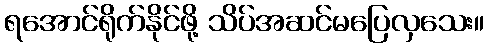
ရအောင်ရိုက်နိုင်ဖို့ သိပ်အဆင်မပြေလှသေး။